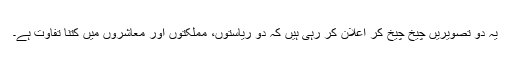
یہ دو تصویریں چیخ چیخ کر اعلان کر رہی ہیں کہ دو ریاستوں، مملکتوں اور معاشروں میں کتنا تفاوت ہے۔